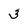
Character: 3